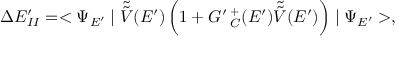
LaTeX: \Delta E _ { I I } ^ { \prime } = < \Psi _ { E ^ { \prime } } \mid \tilde { \tilde { V } } ( E ^ { \prime } ) \left( 1 + G ^ { \prime } \, _ { C } ^ { + } ( E ^ { \prime } ) \tilde { \tilde { V } } ( E ^ { \prime } ) \right) \mid \Psi _ { E ^ { \prime } } > ,